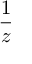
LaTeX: \frac { 1 } { z }